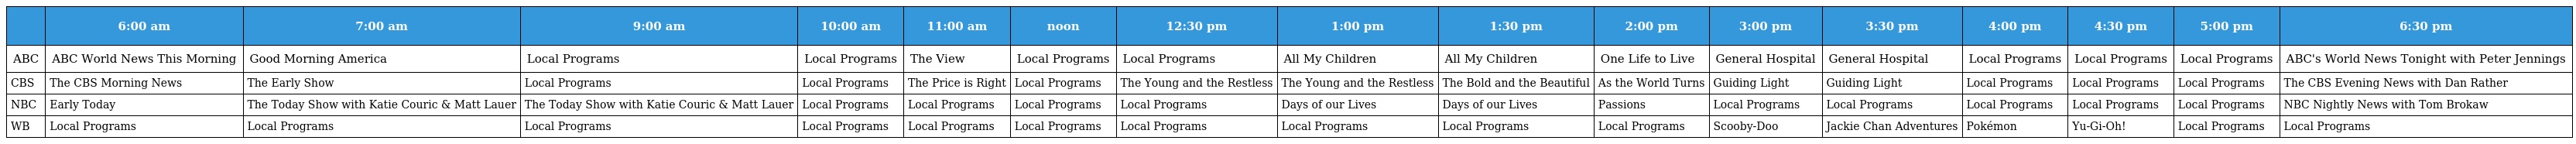
|  | 6:00 am | 7:00 am | 9:00 am | 10:00 am | 11:00 am | noon | 12:30 pm | 1:00 pm | 1:30 pm | 2:00 pm | 3:00 pm | 3:30 pm | 4:00 pm | 4:30 pm | 5:00 pm | 6:30 pm |
 | --- | --- | --- | --- | --- | --- | --- | --- | --- | --- | --- | --- | --- | --- | --- | --- | --- |
 | ABC | ABC World News This Morning | Good Morning America | Local Programs | Local Programs | The View | Local Programs | Local Programs | All My Children | All My Children | One Life to Live | General Hospital | General Hospital | Local Programs | Local Programs | Local Programs | ABC's World News Tonight with Peter Jennings |
 | CBS | The CBS Morning News | The Early Show | Local Programs | Local Programs | The Price is Right | Local Programs | The Young and the Restless | The Young and the Restless | The Bold and the Beautiful | As the World Turns | Guiding Light | Guiding Light | Local Programs | Local Programs | Local Programs | The CBS Evening News with Dan Rather |
 | NBC | Early Today | The Today Show with Katie Couric & Matt Lauer | The Today Show with Katie Couric & Matt Lauer | Local Programs | Local Programs | Local Programs | Local Programs | Days of our Lives | Days of our Lives | Passions | Local Programs | Local Programs | Local Programs | Local Programs | Local Programs | NBC Nightly News with Tom Brokaw |
 | WB | Local Programs | Local Programs | Local Programs | Local Programs | Local Programs | Local Programs | Local Programs | Local Programs | Local Programs | Local Programs | Scooby-Doo | Jackie Chan Adventures | Pokémon | Yu-Gi-Oh! | Local Programs | Local Programs |